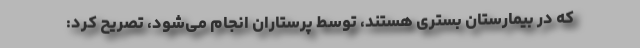
که در بیمارستان بستری هستند، توسط پرستاران انجام می‌شود، تصریح کرد: